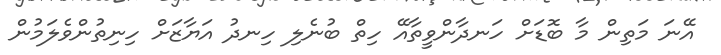
އޭނަ މަތިން މާ ބޮޑަށް ހަނދާންވީތާއޭ ހިތް ބުނެލި ހިނދު އަޔާޒަށް ހިނިތުންވެލަމުން